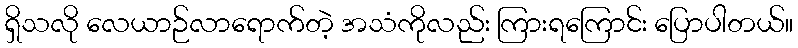
ရှိသလို လေယာဉ်လာရောက်တဲ့ အသံကိုလည်း ကြားရကြောင်း ပြောပါတယ်။